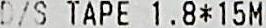
D/S TAPE 1.8*15M